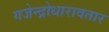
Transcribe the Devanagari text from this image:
गजेन्द्रोधारावतार